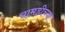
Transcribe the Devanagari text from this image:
चामडीच्या